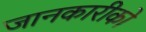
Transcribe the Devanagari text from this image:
जानकारीको